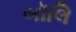
બૉલિ